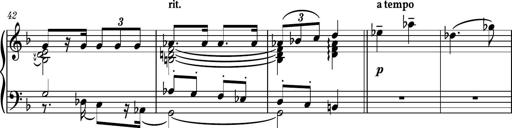
Title: Piano Sonatina No.5
Composer: Dimitri Sykias
Key: C minor